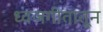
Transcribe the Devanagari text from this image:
ध्वजगीतातून